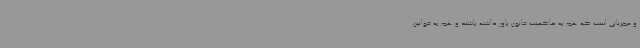
و مجریانی است که هم به حاکمیت قانون باور داشته باشند و هم به قوانین